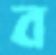
ব